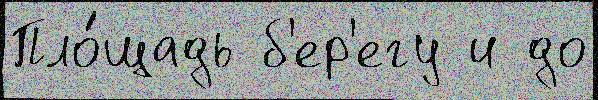
Пло́щадь б'ер'егу и до